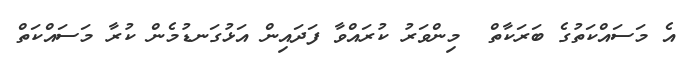
އެ މަސައްކަތުގެ ބަރަކާތް  މިންވަރު ކުރައްވާ ފަދައިން އަޅުގަނޑުމެން ކުރާ މަސައްކަތް